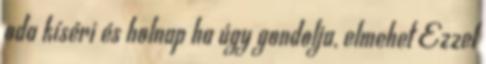
oda kíséri és holnap ha úgy gondolja, elmehet Ezzel